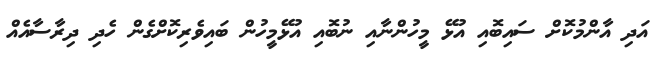
އަދި އާންމުކޮށް ސައިބޮއި އުޅޭ މީހުންނާއި ނުބޮއި އުޅޭމީހުން ބައިވެރިކޮށްގެން ހެދި ދިރާސާއެއް